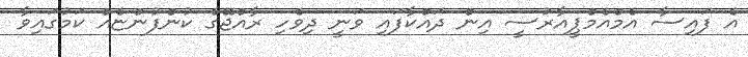
އެ ފައިސާ އެމްއެމްޕީއާރުސީ އިން ދައްކާފައި ވަނީ ދިވެހި ރާއްޖޭގެ ކުންފުންޏެއް ކަމުގައިވާ